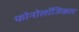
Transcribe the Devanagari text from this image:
फोनोलॉजिकल